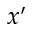
x ^ { \prime }